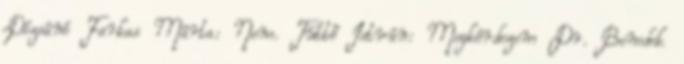
Dózsáné Farkas Márta: Nem. Tüttő István: Megkérdezem Dr. Benedek